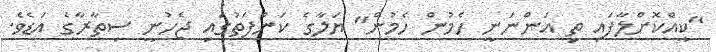
"ކީއްކޮށްލާފައި ތި އަންނަނީ ހެމުން ހެމުން" ޔަލާގެ ކަންފަތުގައި ޖެހުނީ ސިތާރާގެ އަޑެވެ.